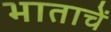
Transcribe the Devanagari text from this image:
भाताचें